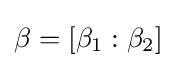
{\textstyle \beta =\left[\beta _{1}:\beta _{2}\right]}